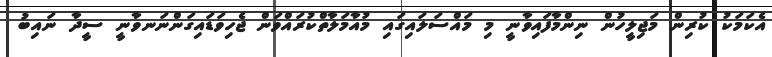
އެކަމަކު ކުރިން މަޖިލީހުން ނިންމާފައިވާނީ މި މައްސަލައިގައި މުއާމަލާތްކުރައްވަން ޖެހިވަޑައިގަންނަނވާނީ ސީދާ ނައިބު